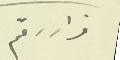
قرار رقم